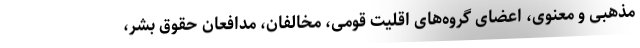
مذهبی و معنوی، اعضای گروه‌های اقلیت قومی، مخالفان، مدافعان حقوق بشر،